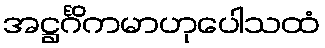
အဋ္ဌင်္ဂိကမာဟုပေါသထံ